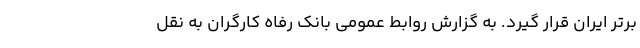
برتر ایران قرار گیرد. به گزارش روابط عمومی بانک رفاه کارگران به نقل